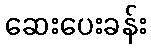
ဆေးပေးခန်း